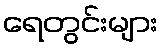
ရေတွင်းများ